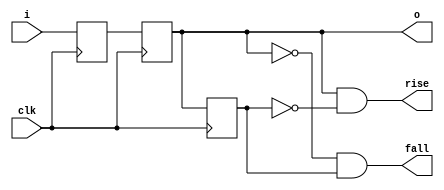
// Software License Agreement

// The software supplied herewith by Analogue Enterprises Limited (the "Company),
// the Analogue Pocket Framework (APF), is provided and licensed to you, the
// Company's customer, solely for use in designing, testing and creating
// applications for use with Company's Products or Services.  The software is
// owned by the Company and/or its licensors, and is protected under applicable
// laws, including, but not limited to, U.S. copyright law. All rights are
// reserved. By using the APF code you are agreeing to the terms of the End User
// License Agreement (EULA) located at [https://www.analogue.link/pocket-eula]
// and incorporated herein by reference. To the extent any use of the APF requires 
// application of the MIT License or the GNU General Public License and terms of 
// this APF Software License Agreement and EULA are inconsistent with such license, 
// the applicable terms of the MIT License or the GNU General Public License, as 
// applicable, will prevail.

// THE SOFTWARE IS PROVIDED "AS-IS" AND WE EXPRESSLY DISCLAIM ANY IMPLIED
// WARRANTIES TO THE FULLEST EXTENT PROVIDED BY LAW, INCLUDING BUT NOT LIMITED TO,
// ANY WARRANTY OF MERCHANTABILITY, FITNESS FOR A PARTICULAR PURPOSE, TITLE OR
// NON-INFRINGEMENT. TO THE EXTENT APPLICABLE LAWS PROHIBIT TERMS OF USE FROM
// DISCLAIMING ANY IMPLIED WARRANTY, SUCH IMPLIED WARRANTY SHALL BE LIMITED TO THE
// MINIMUM WARRANTY PERIOD REQUIRED BY LAW, AND IF NO SUCH PERIOD IS REQUIRED,
// THEN THIRTY (30) DAYS FROM FIRST USE OF THE SOFTWARE. WE CANNOT GUARANTEE AND
// DO NOT PROMISE ANY SPECIFIC RESULTS FROM USE OF THE SOFTWARE. WITHOUT LIMITING
// THE FOREGOING, WE DO NOT WARRANT THAT THE SOFTWARE WILL BE UNINTERRUPTED OR
// ERROR-FREE.  IN NO EVENT WILL WE BE LIABLE TO YOU OR ANY OTHER PERSON FOR ANY
// INDIRECT, CONSEQUENTIAL, EXEMPLARY, INCIDENTAL, SPECIAL OR PUNITIVE DAMAGES,
// INCLUDING BUT NOT LIMITED TO, LOST PROFITS ARISING OUT OF YOUR USE, OR
// INABILITY TO USE, THE SOFTWARE, EVEN IF WE HAVE BEEN ADVISED OF THE POSSIBILITY
// OF SUCH DAMAGES. UNDER NO CIRCUMSTANCES SHALL OUR LIABILITY TO YOU FOR ANY
// CLAIM OR CAUSE OF ACTION WHATSOEVER, AND REGARDLESS OF THE FORM OF THE ACTION,
// WHETHER ARISING IN CONTRACT, TORT OR OTHERWISE, EXCEED THE AMOUNT PAID BY YOU
// TO US, IF ANY, DURING THE 90 DAY PERIOD IMMEDIATELY PRECEDING THE DATE ON WHICH
// YOU FIRST ASSERT ANY SUCH CLAIM. THE FOREGOING LIMITATIONS SHALL APPLY TO THE
// FULLEST EXTENT PERMITTED BY APPLICABLE LAW.
//
// 2-stage synchronizer
//
module synch_2 #(parameter WIDTH = 1) (
    input  wire [WIDTH-1:0] i,      // input signal
    output reg  [WIDTH-1:0] o,      // synchronized output
    input  wire             clk,    // clock to synchronize on
    output wire             rise,   // one-cycle rising edge pulse
    output wire             fall    // one-cycle falling edge pulse
);

reg [WIDTH-1:0] stage_1;
reg [WIDTH-1:0] stage_2;
reg [WIDTH-1:0] stage_3;

assign rise = (WIDTH == 1) ? (o & ~stage_2) : 1'b0;
assign fall = (WIDTH == 1) ? (~o & stage_2) : 1'b0;
always @(posedge clk) 
   {stage_2, o, stage_1} <= {o, stage_1, i};
   
endmodule


//
// 3-stage synchronizer
//
module synch_3 #(parameter WIDTH = 1) (
   input  wire [WIDTH-1:0] i,     // input signal
   output reg  [WIDTH-1:0] o,     // synchronized output
   input  wire             clk,   // clock to synchronize on
   output wire             rise,   // one-cycle rising edge pulse
   output wire             fall    // one-cycle falling edge pulse
);

reg [WIDTH-1:0] stage_1;
reg [WIDTH-1:0] stage_2;
reg [WIDTH-1:0] stage_3;

assign rise = (WIDTH == 1) ? (o & ~stage_3) : 1'b0;
assign fall = (WIDTH == 1) ? (~o & stage_3) : 1'b0;
always @(posedge clk) 
   {stage_3, o, stage_2, stage_1} <= {o, stage_2, stage_1, i};
   
endmodule


module bram_block_dp #(
   parameter DATA = 32,
   parameter ADDR = 7
) (
   input  wire            a_clk,
   input  wire            a_wr,
   input  wire [ADDR-1:0] a_addr,
   input  wire [DATA-1:0] a_din,
   output reg  [DATA-1:0] a_dout,
 
   input  wire            b_clk,
   input  wire            b_wr,
   input  wire [ADDR-1:0] b_addr,
   input  wire [DATA-1:0] b_din,
   output reg  [DATA-1:0] b_dout
);

reg [DATA-1:0] mem [(2**ADDR)-1:0];
 
always @(posedge a_clk) begin
   if(a_wr) begin
      a_dout <= a_din;
      mem[a_addr] <= a_din;
   end else
      a_dout <= mem[a_addr];
end
 
always @(posedge b_clk) begin
   if(b_wr) begin
      b_dout <= b_din;
      mem[b_addr] <= b_din;
   end else
      b_dout <= mem[b_addr];
end

endmodule


module bram_block_dp_nonstd #(
   parameter DATA = 32,
   parameter ADDR = 7,
   parameter DEPTH = 128
) (
   input  wire            a_clk,
   input  wire            a_wr,
   input  wire [ADDR-1:0] a_addr,
   input  wire [DATA-1:0] a_din,
   output reg  [DATA-1:0] a_dout,
 
   input  wire            b_clk,
   input  wire            b_wr,
   input  wire [ADDR-1:0] b_addr,
   input  wire [DATA-1:0] b_din,
   output reg  [DATA-1:0] b_dout
);

reg [DATA-1:0] mem [DEPTH-1:0];
 
always @(posedge a_clk) begin
   if(a_wr) begin
      a_dout <= a_din;
      mem[a_addr] <= a_din;
   end else
      a_dout <= mem[a_addr];
end
 
always @(posedge b_clk) begin
   if(b_wr) begin
      b_dout <= b_din;
      mem[b_addr] <= b_din;
   end else
      b_dout <= mem[b_addr];
end

endmodule